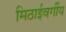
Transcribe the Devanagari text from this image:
मिठाईवर्गीय